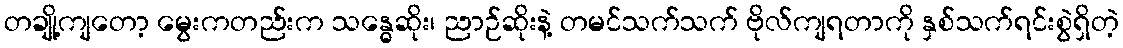
တချို့ကျတော့ မွေးကတည်းက သန္ဓေဆိုး၊ ညာဉ်ဆိုးနဲ့ တမင်သက်သက် ဗိုလ်ကျရတာကို နှစ်သက်ရင်းစွဲရှိတဲ့